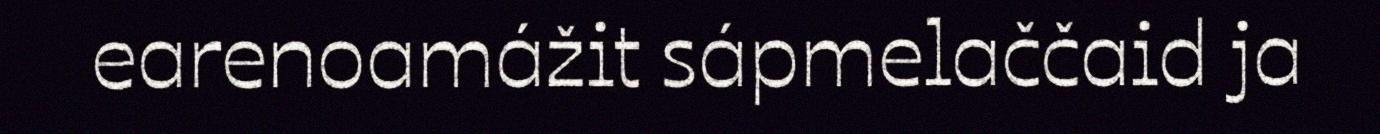
earenoamážit sápmelaččaid ja